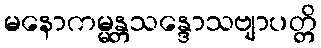
မနောကမ္မန္တသန္ဒောသဗျာပတ္တိ